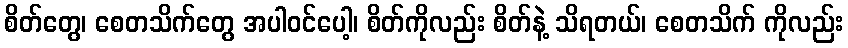
စိတ်တွေ၊ စေတသိက်တွေ အပါဝင်ပေါ့၊ စိတ်ကိုလည်း စိတ်နဲ့ သိရတယ်၊ စေတသိက် ကိုလည်း